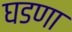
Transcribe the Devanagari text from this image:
घडणा